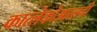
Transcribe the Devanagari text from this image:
कात्लेकोआत्लची